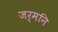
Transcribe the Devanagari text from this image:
जर्मनि